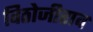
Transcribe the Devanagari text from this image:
विठोजीराव